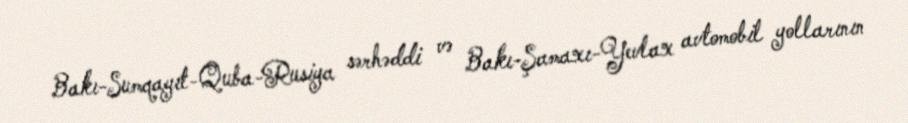
Bakı-Sumqayıt-Quba-Rusiya sərhəddi və Bakı-Şamaxı-Yevlax avtomobil yollarının